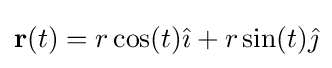
\mathbf {r} (t)=r\cos(t){\hat {\imath }}+r\sin(t){\hat {\jmath }}